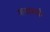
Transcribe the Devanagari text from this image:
गत्यात्मकै